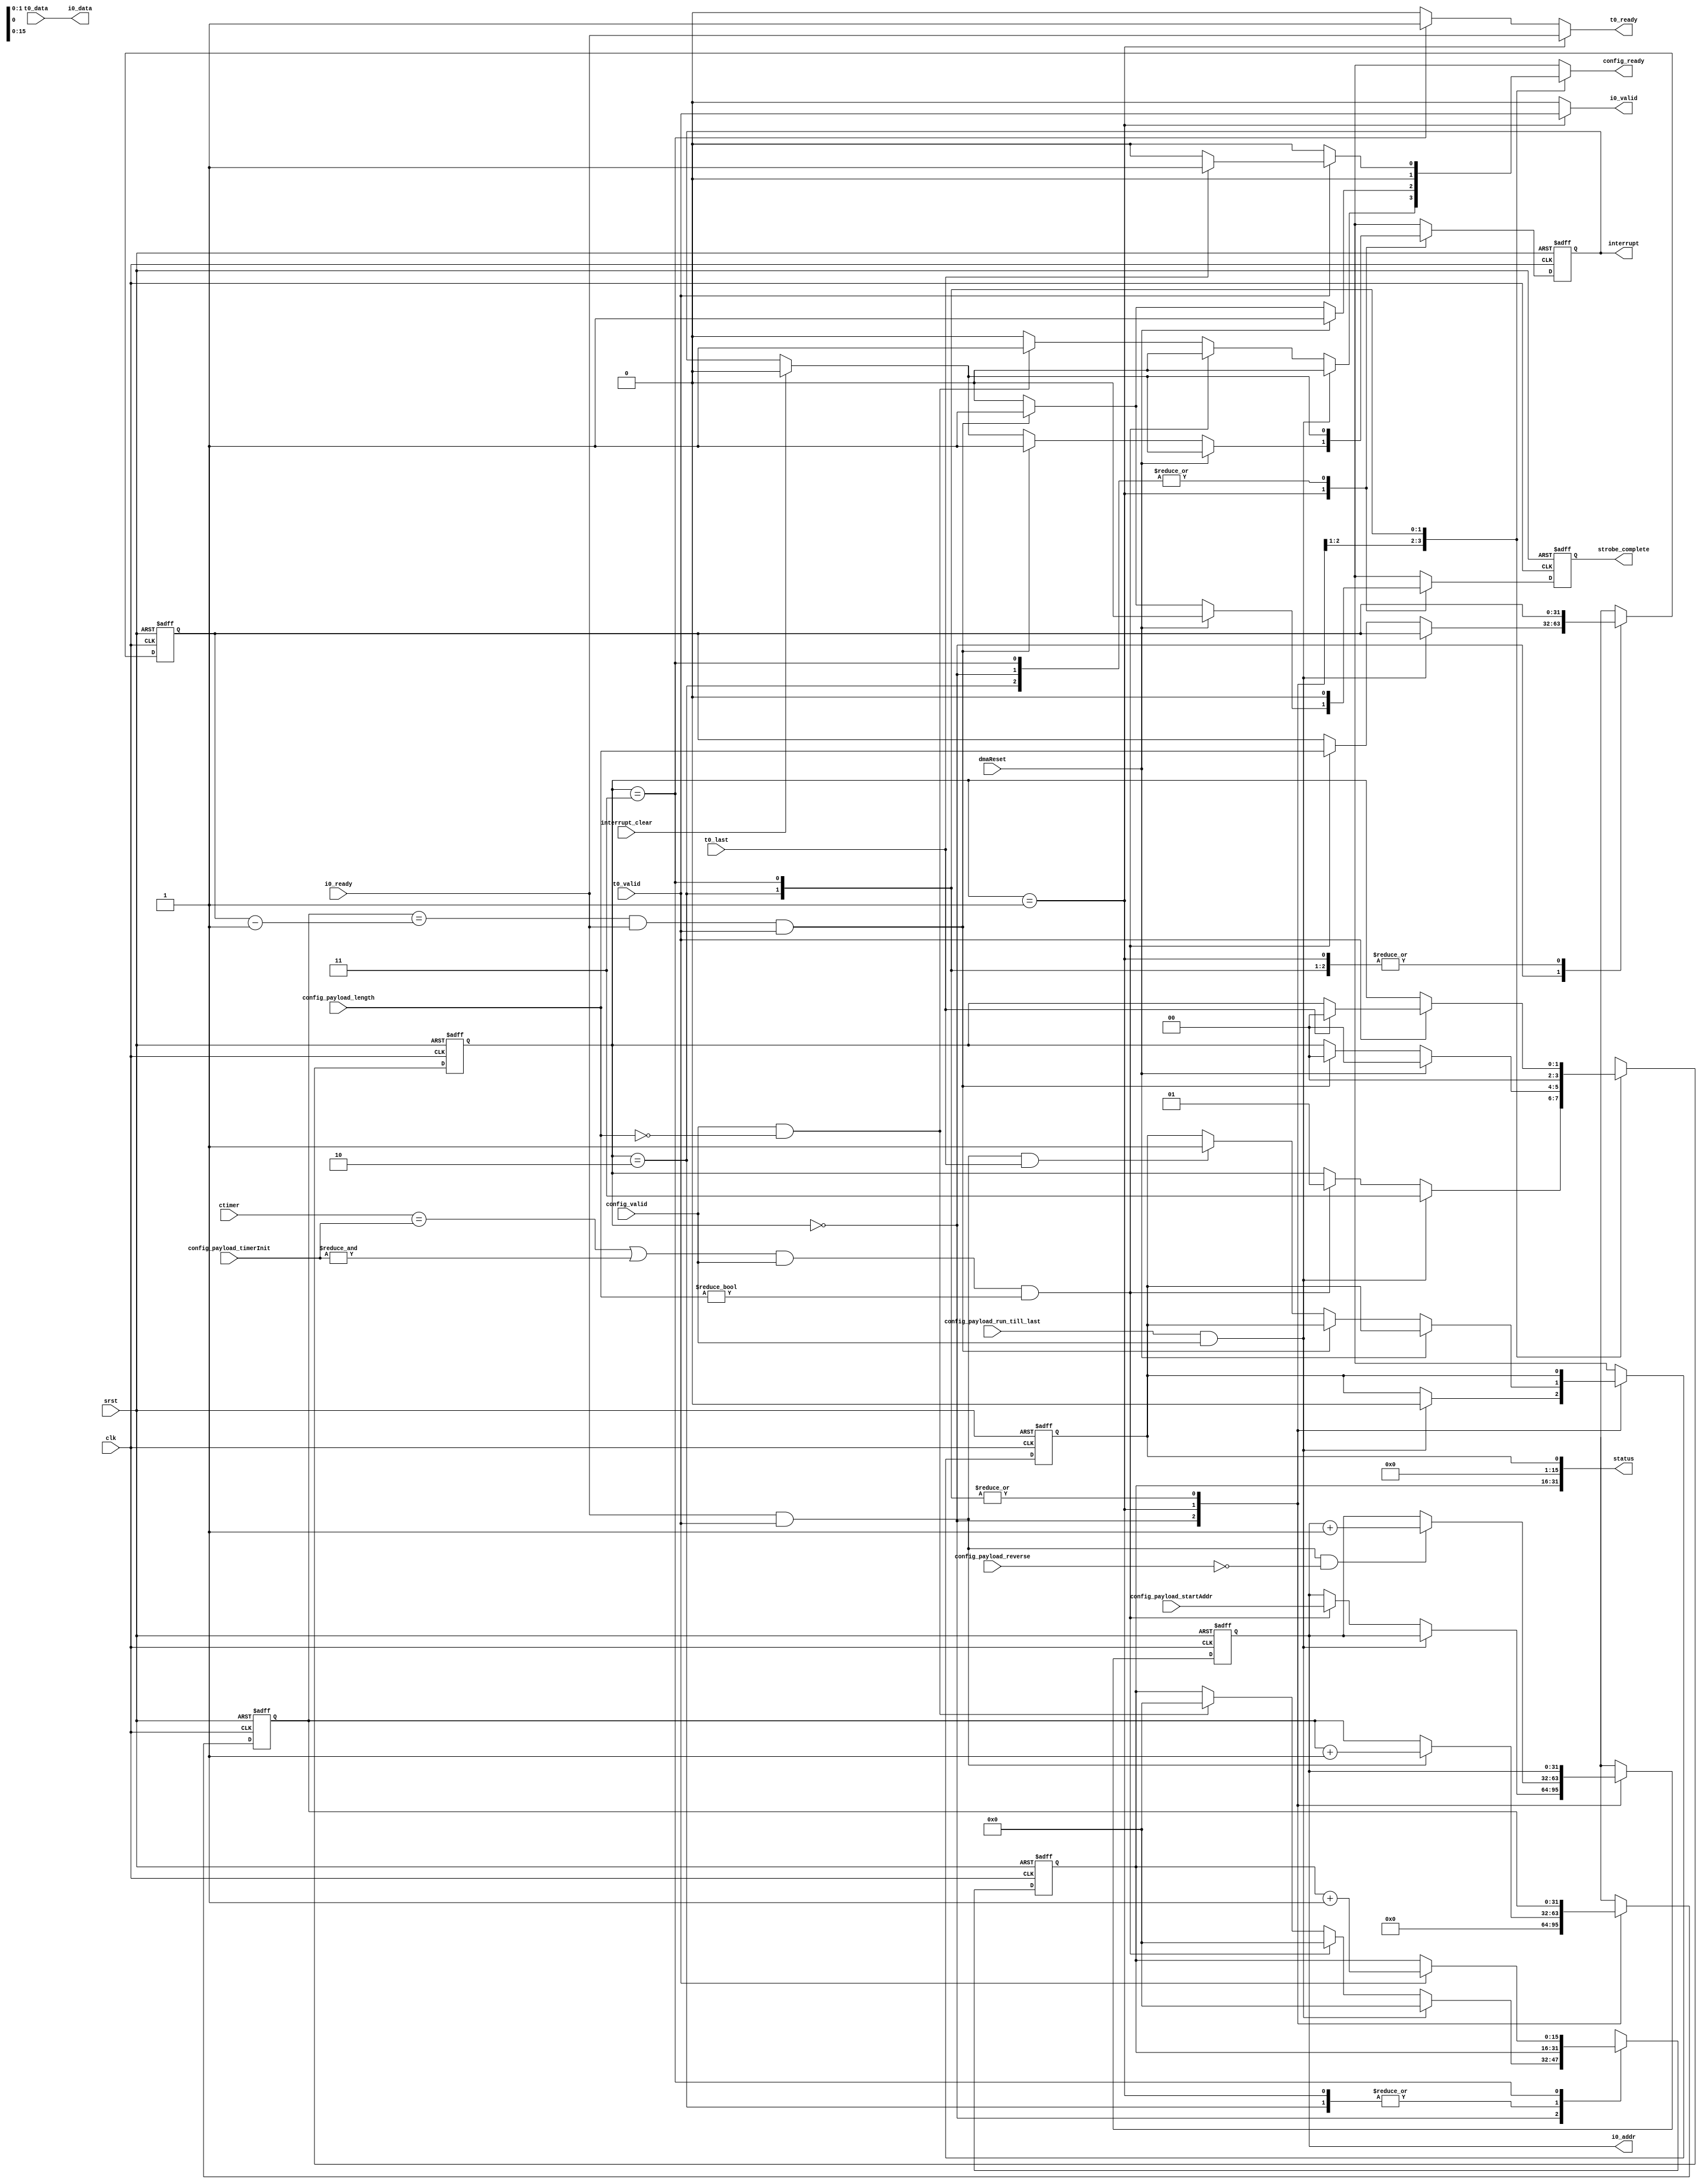
module dma_in
  (input wire clk,
   input wire         srst,
   input wire [31:0]  ctimer, //tie to 1 and set timer_init to 1 to initialize the dma if a timer based dma is not needed
   //config
   input wire         config_valid,
   output reg         config_ready,
   input wire [31:0]  config_payload_startAddr,
   input wire [31:0]  config_payload_length,
   input wire [31:0]  config_payload_timerInit,
   input wire         config_payload_reverse,
   input wire         config_payload_run_till_last,

   input wire         dmaReset,
   output wire [31:0] status,
   output wire        strobe_complete,
   /* verilator lint_off SYMRSVDWORD */
   output wire        interrupt,
   input wire         interrupt_clear,
   //t0 stream
   input wire [31:0]  t0_data,
   input wire         t0_last,
   input wire         t0_valid,
   output wire        t0_ready,
   //mem port
   output wire [31:0] i0_addr,
   output wire [31:0] i0_data,
   output wire        i0_valid,
   input wire         i0_ready
   );

   reg [31:0]         q_cnt;
   reg [31:0]         n_cnt;
   reg                q_strobe_complete;
   reg                n_strobe_complete;
   reg                q_busy;
   reg                n_busy;
   reg                q_interrupt;
   reg                n_interrupt;
   reg [15:0]         q_drop_cnt, n_drop_cnt;
   reg                q_mismatch, n_mismatch;
   
   
   localparam WAIT = 0;
   localparam ENABLE = 1;
   localparam CLEAR_TIMER_INIT = 2;
   localparam RUN_TILL_LAST = 3;
   

   reg [1:0]          q_state;
   reg [1:0]          n_state;

   reg [31:0]         q_addr,n_addr;
   reg [31:0]         q_length,n_length;

   assign i0_data=t0_data;
   assign t0_ready = (q_state==ENABLE)?i0_ready:
                     (q_state==RUN_TILL_LAST)? 1:0;
   assign i0_valid=(q_state==ENABLE)?t0_valid:0;
   assign i0_addr=q_addr;
   assign strobe_complete=q_strobe_complete;
   assign interrupt=q_interrupt;

   assign status = {q_drop_cnt,15'b0,q_mismatch};
   

   always @(*) begin
      n_state=q_state;
      n_cnt=q_cnt;
      n_strobe_complete=0;
      n_busy=0;
      config_ready=0;
      n_addr=q_addr;
      n_length=q_length;
      n_interrupt=interrupt_clear?0:q_interrupt;
      n_drop_cnt = q_drop_cnt;
      n_mismatch = q_mismatch;
      case(q_state)
        WAIT: begin
           n_cnt=0;
           if(config_payload_run_till_last && config_valid) begin
              n_drop_cnt = 0;
              n_state = RUN_TILL_LAST;
              n_mismatch = 0;
           end
           else if(((ctimer==config_payload_timerInit) || &config_payload_timerInit) && config_valid && config_payload_length!=0) begin
              n_state=ENABLE;
              n_busy=1;
              n_addr=config_payload_startAddr;
              n_length=config_payload_length;
              n_drop_cnt = 0;
           end
           else if(config_valid && config_payload_length==0) begin
              config_ready=1;
              n_drop_cnt = 0;
           end
        end
        ENABLE: begin
           n_busy=1;
           n_cnt=(i0_ready&&t0_valid)?q_cnt+1:q_cnt;
           n_addr=(i0_ready && t0_valid && ~config_payload_reverse) ? q_addr+1:
                  (i0_ready && t0_valid && ~config_payload_reverse) ? q_addr-1:
                  q_addr;
           if(dmaReset) begin
              n_state=WAIT;
              config_ready=1;
           end
           else if(q_cnt==q_length-1 && i0_ready && t0_valid) begin
              n_state=WAIT;
              config_ready=1;
              n_strobe_complete=1;
              n_interrupt=1;
           end
           else if(i0_ready && t0_valid && t0_last)
             n_mismatch = 1;
        end
        CLEAR_TIMER_INIT: begin
           n_state=WAIT;
        end
        RUN_TILL_LAST: begin
           if(t0_valid) begin
              n_drop_cnt = q_drop_cnt + 1;
             if(t0_last) begin
                config_ready = 1;
                n_state = WAIT;
             end
           end
        end
      endcase
   end

   always @(posedge clk or posedge srst) begin
      if(srst) begin
         q_state<=WAIT;
         q_cnt<=0;
         q_strobe_complete<=0;
         q_busy<=0;
         q_addr<=0;
         q_length<=0;
         q_interrupt<=0;
         q_drop_cnt <= 0;
         q_mismatch <= 0;
      end
      else begin
         q_state<=n_state;
         q_cnt<=n_cnt;
         q_strobe_complete<=n_strobe_complete;
         q_busy<=n_busy;
         q_addr<=n_addr;
         q_length<=n_length;
         q_interrupt<=n_interrupt;
         q_drop_cnt <= n_drop_cnt;
         q_mismatch <= n_mismatch;
      end
   end

endmodule